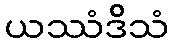
ယဿံဒိသံ